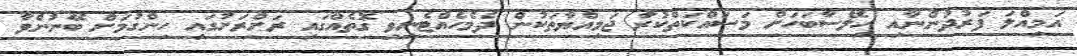
އަމިއްލަ ފަރުދުންނާއި ހިލޭސާބަހަށް މަސައްކަތްކުރާ ޖަމިއްޔާތަކުން ދެމެހެއްޓެނިވި ގޮތެއްގައި ރަށްރަށުގައި ހިންގުމަށް ބޭނުންވާ